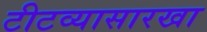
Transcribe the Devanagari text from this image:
टीटव्यासारखा